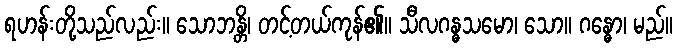
ရဟန်းတို့သည်လည်း။ သောဘန္တိ၊ တင့်တယ်ကုန်၏။ သီလဂန္ဓသမော၊ သော။ ဂန္ဓော၊ မည်။